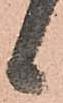
候